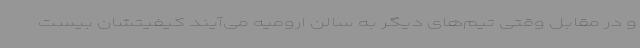
و در مقابل وقتی تیم‌های دیگر به سالن ارومیه می‌آیند کیفیتشان بیست